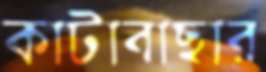
কাটাবাছার